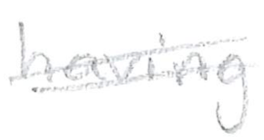
Text: having
Cross-out: double-line
Writing tool: pencil